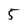
Character: 5